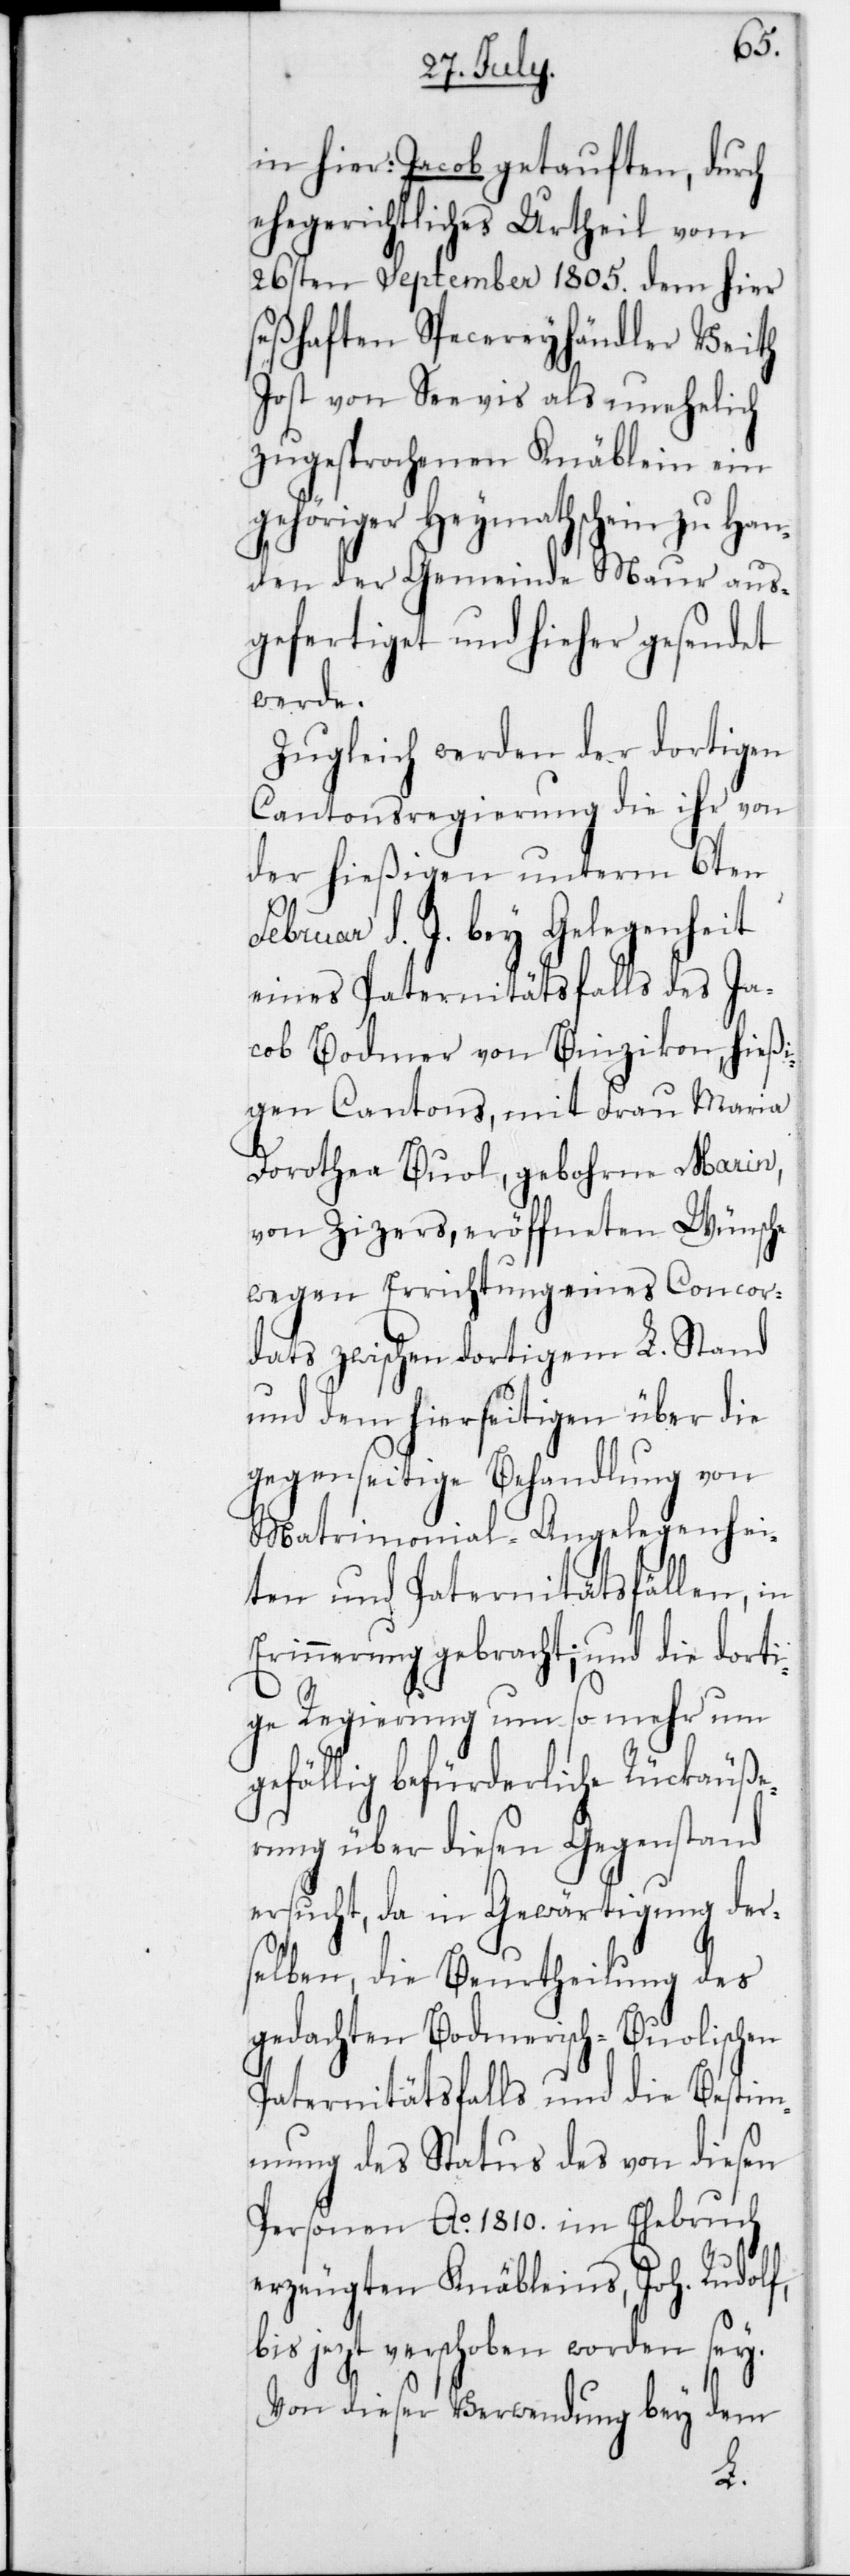
in hier: Jacob getauften, durch
ehegerichtliches Urtheil vom
26sten September 1805 dem hier
seßhaften Specereyhändler Veith
Jost von Seevis als unehelich
zugesprochenen Knäblein ein
gehöriger Heymathschein zu Han¬
den der Gemeinde Maur aus¬
gefertiget und hieher gesendet
werde.
Zugleich werden der dortigen
Cantonsregierung die ihr von
der hießigen unterm 6ten
Februar d. J. bey Gelegenheit
eines Paternitätsfalls des Ja¬
cob Bodmer von Binzikon, hießi¬
gen Cantons, mit Frau Maria
Dorothea Buol, gebohrne Marin,
von Zizers, eröffneten Wünsche
wegen Errichtung eines Concor¬
dats zwischen dortigem L. Stand
und dem hierseitigen über die
gegenseitige Behandlung von
Matrimonial-Angelegenhei¬
ten und Paternitätsfällen, in
Erinnerung gebracht; und die dorti¬
ge Regierung um so mehr um
gefällig befürderliche Rückäuße¬
rung über diesen Gegenstand
ersucht, da in Gewärtigung der¬
selben, die Beurtheilung des
gedachten Bodmerisch-Buolischen
Paternitätsfalls und die Bestim¬
mung des Status des von diesen
Personen Ao 1810 im Ehebruch
erzeugten Knäbleins, Joh. Rudolf,
bis jezt verschoben worden sey.
Von dieser Verwendung bey dem